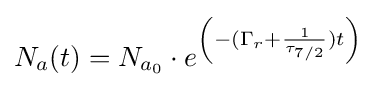
N_{a}(t)=N_{a_{0}}\cdot e^{\left({-(\Gamma _{r}+{\frac {1}{\tau _{7/2}}})t}\right)}